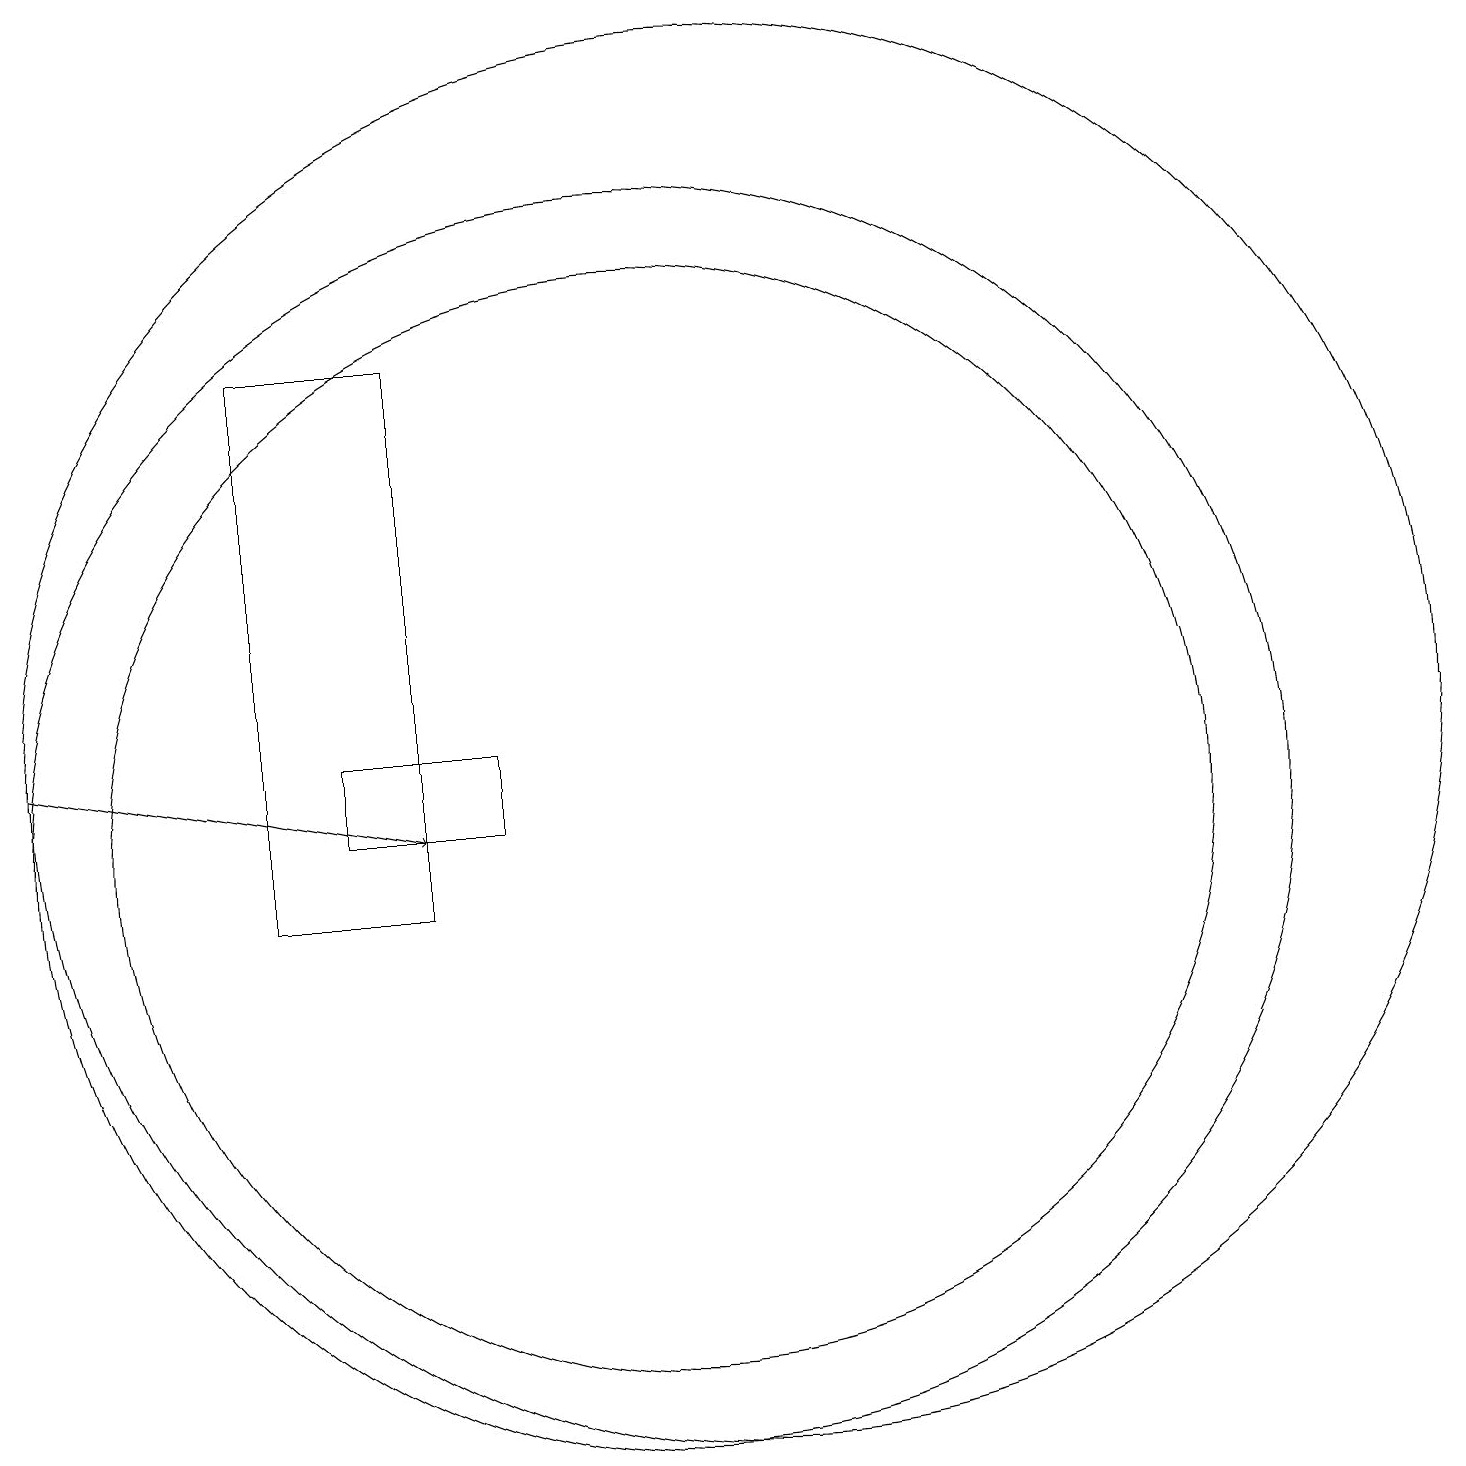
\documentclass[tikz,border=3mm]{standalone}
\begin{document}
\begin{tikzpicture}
\draw (11,12) circle (9);
\draw (10,11) circle (8);
\draw[->] (2,12) -- (7,11);
\draw (7,10) rectangle (5,17);
\draw (10,11) circle (7);
\draw (8,11) rectangle (6,12);
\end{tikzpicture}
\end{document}